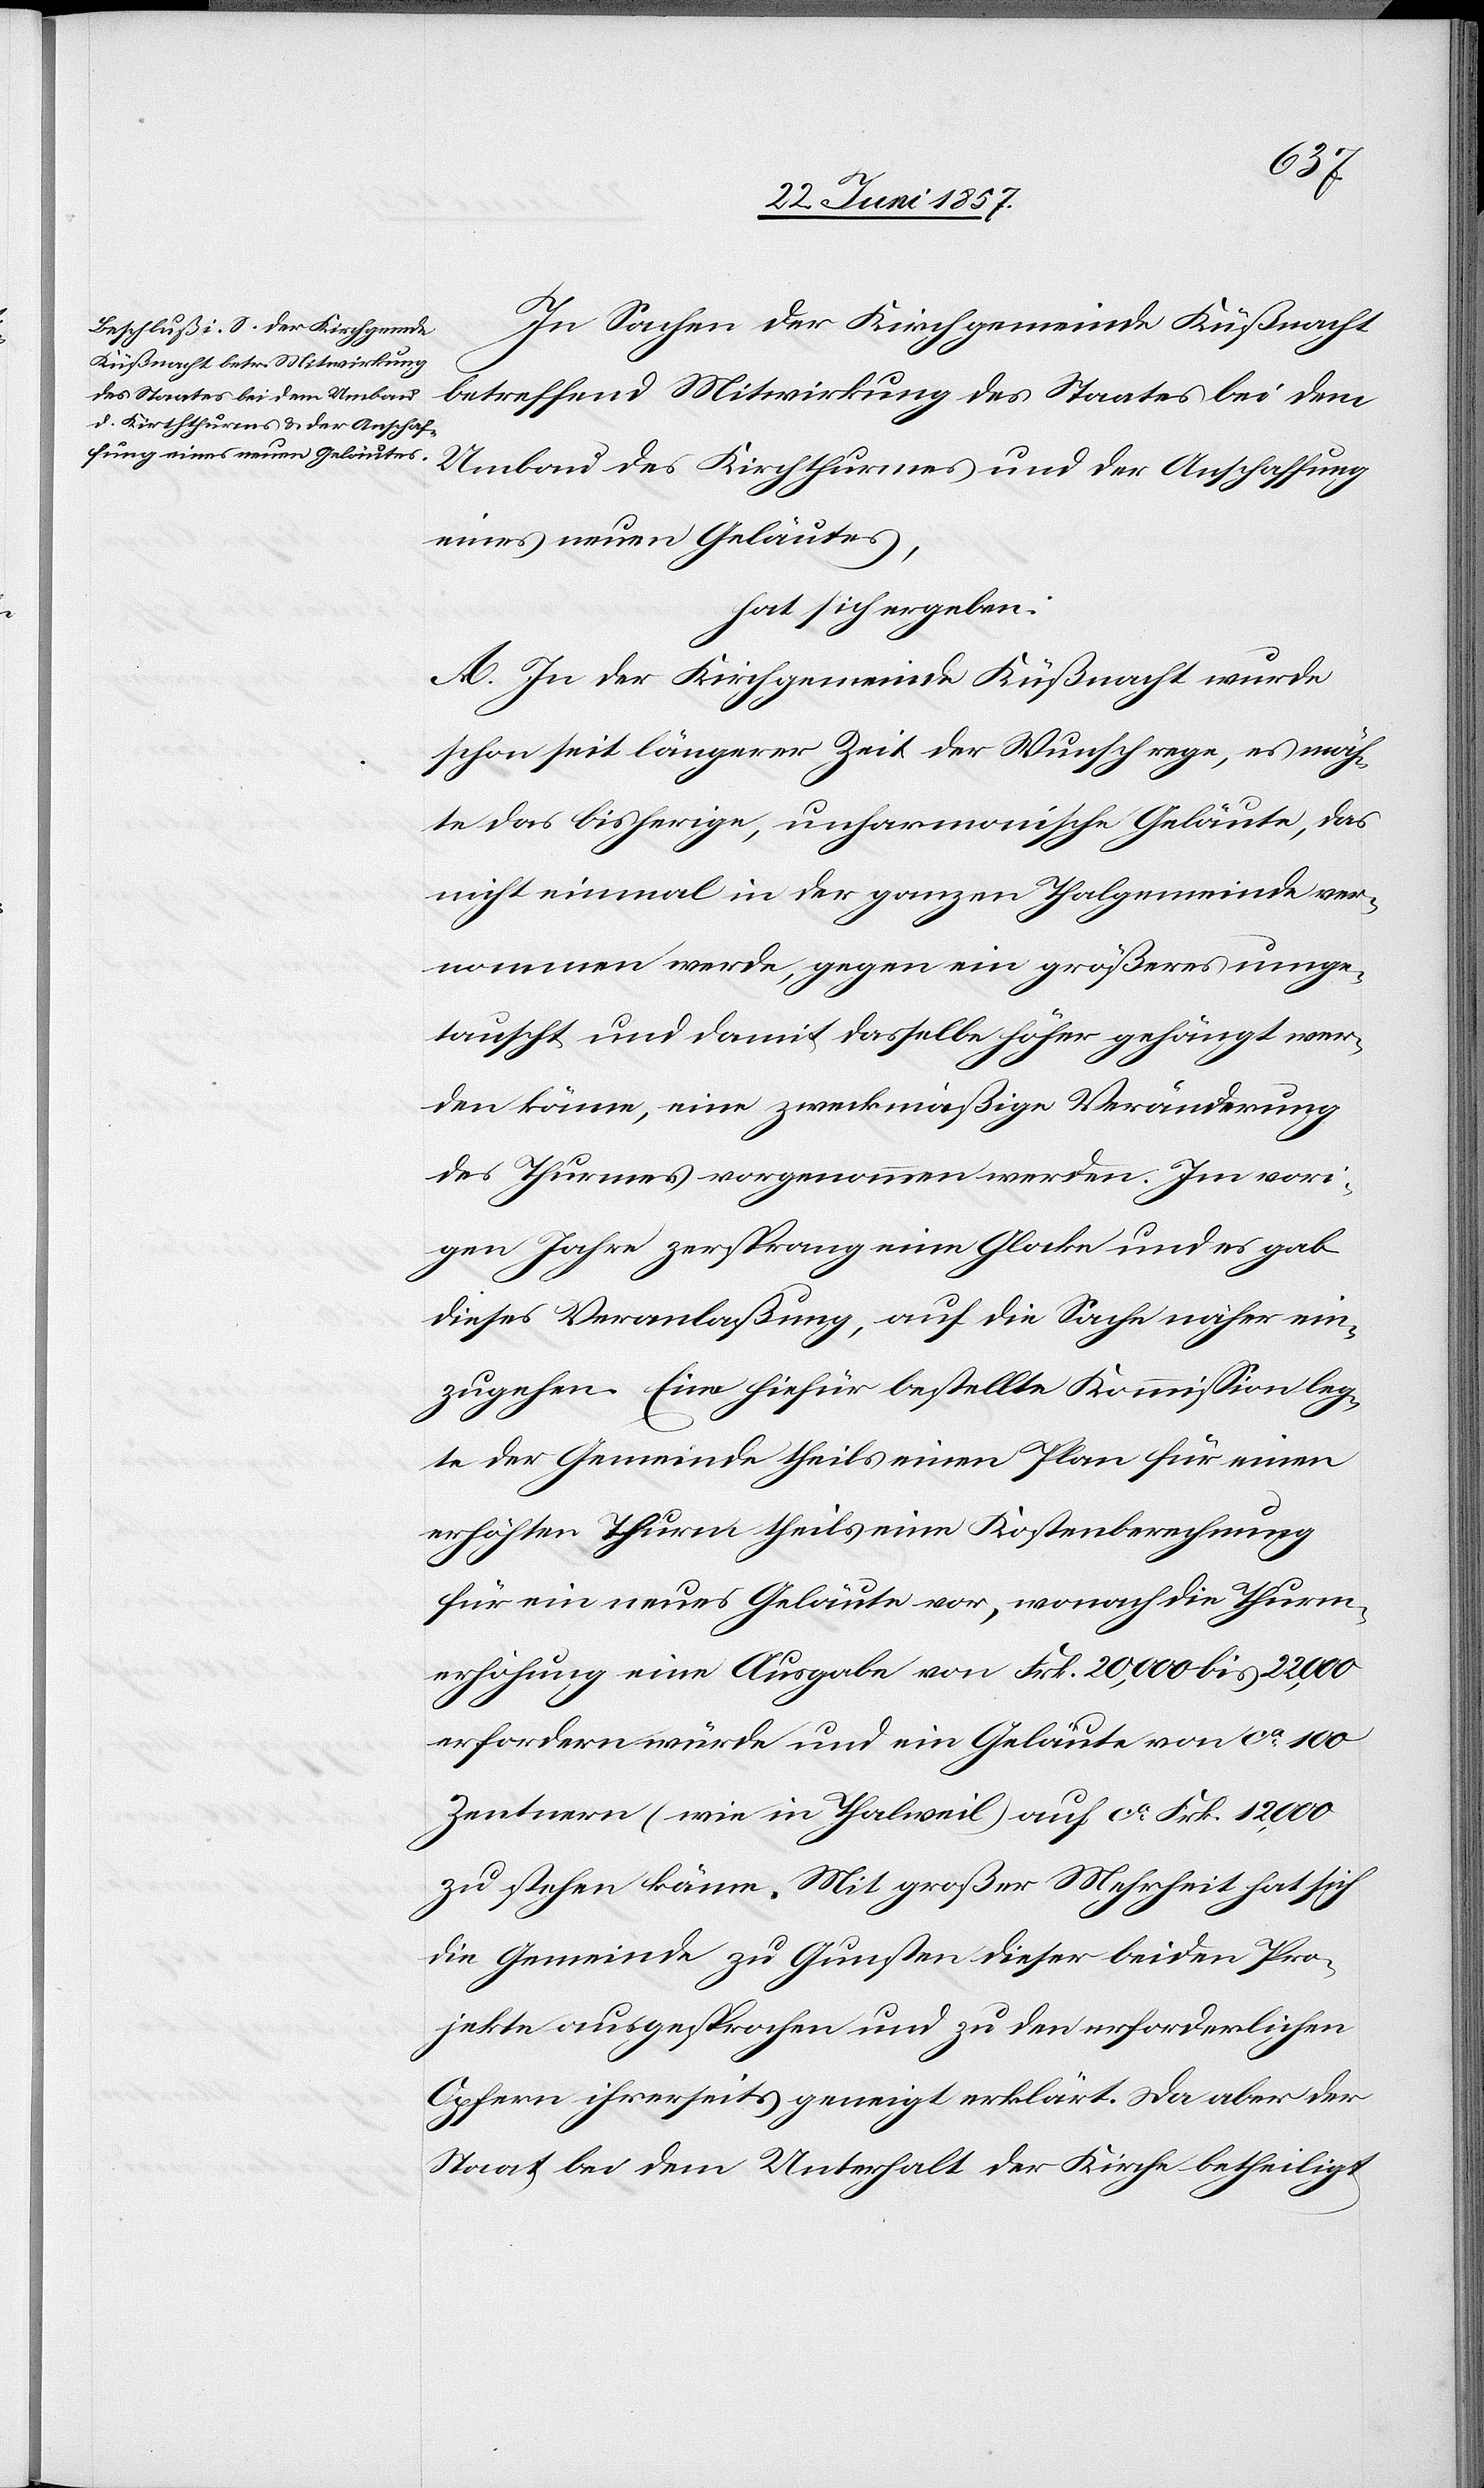
In Sachen der Kirchgemeinde Küßnacht
betreffend Mitwirkung des Staates bei dem
Umbau des Kirchthurmes und der Anschaffung
eines neuen Geläutes,
hat sich ergeben:
A. In der Kirchgemeinde Küßnacht wurde
schon seit längerer Zeit der Wunsche rege, es möch¬
te das bisherige, unharmonische Geläute, das
nicht einmal in der ganzen Thalgemeinde ver¬
nommen werde, gegen ein größeres umge¬
tauscht und damit dasselbe höher gehängt wer¬
den könne, eine zweckmäßige Veränderung
des Thurmes vorgenommen werden. Im vori¬
gen Jahre zersprang eine Glocke und es gab
dieses Veranlaßung, auf die Sache näher ein¬
zugehen. Eine hiefür bestellte Kommission leg¬
te der Gemeinde theils einen Plan für einen
erhöhten Thurme theils eine Kostenberechnung
für ein neues Geläute vor, wonach die Thurm¬
erhöhung eine Ausgabe von Frk. 20,000 bis 22,000
erfordern würde und ein Geläute von ca 100
Zentnern (wie in Thalweil) auf ca Frk. 12,000
zu stehen käme. Mit großer Mehrheit hat sich
die Gemeinde zu Gunsten dieser beiden Pro¬
jekte ausgesprochen und zu den erforderlichen
Opfern ihrerseits geneigt erklärt. Da aber der
Staat bei dem Unterhalt der Kirche betheiligt